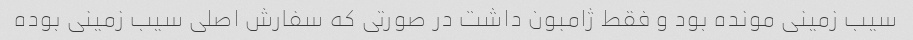
سیب زمینی مونده بود و فقط ژامبون داشت در صورتی که سفارش اصلی سیب زمینی بوده